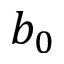
b _ { 0 }